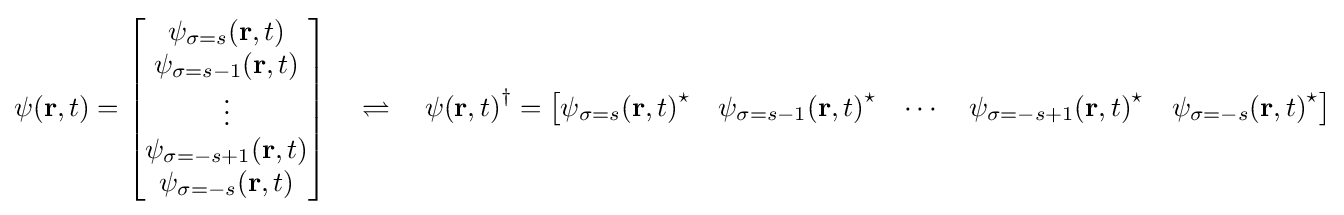
\psi (\mathbf {r} ,t)={\begin{bmatrix}\psi _{\sigma =s}(\mathbf {r} ,t)\\\psi _{\sigma =s-1}(\mathbf {r} ,t)\\\vdots \\\psi _{\sigma =-s+1}(\mathbf {r} ,t)\\\psi _{\sigma =-s}(\mathbf {r} ,t)\end{bmatrix}}\quad \rightleftharpoons \quad {\psi (\mathbf {r} ,t)}^{\dagger }={\begin{bmatrix}{\psi _{\sigma =s}(\mathbf {r} ,t)}^{\star }&{\psi _{\sigma =s-1}(\mathbf {r} ,t)}^{\star }&\cdots &{\psi _{\sigma =-s+1}(\mathbf {r} ,t)}^{\star }&{\psi _{\sigma =-s}(\mathbf {r} ,t)}^{\star }\end{bmatrix}}